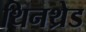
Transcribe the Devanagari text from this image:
थिनथ्रेड